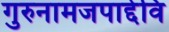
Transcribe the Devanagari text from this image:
गुरुनामजपाद्देवि